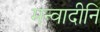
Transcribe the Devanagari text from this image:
मन्वादीनि